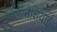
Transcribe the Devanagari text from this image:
इण्डॉनेशियाई